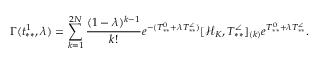
\Gamma ( t _ { * * } ^ { 1 } , \lambda ) = \sum _ { k = 1 } ^ { 2 N } \frac { ( 1 - \lambda ) ^ { k - 1 } } { k ! } e ^ { - ( T _ { * * } ^ { 0 } + \lambda T _ { * * } ^ { \angle } ) } [ \mathcal { H } _ { K } , T _ { * * } ^ { \angle } ] _ { ( k ) } e ^ { T _ { * * } ^ { 0 } + \lambda T _ { * * } ^ { \angle } } .